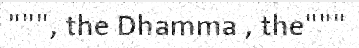
""", the Dhamma , the"""